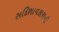
સદિશાવકાશની